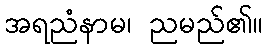
အရညံနာမ၊ ညမည်၏။